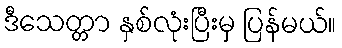
ဒီသေတ္တာ နှစ်လုံးပြီးမှ ပြန်မယ်။